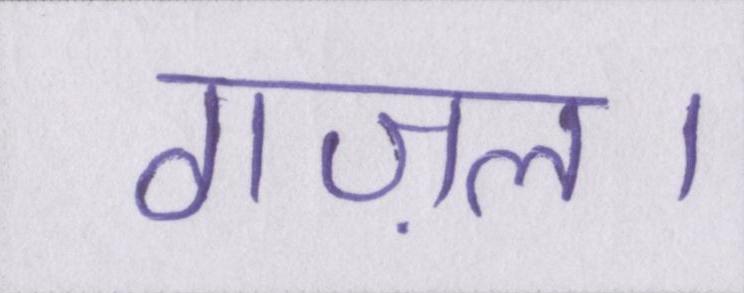
गज़ल।